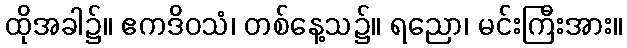
ထိုအခါ၌။ ဧကဒိဝသံ၊ တစ်နေ့သ၌။ ရညော၊ မင်းကြီးအား။